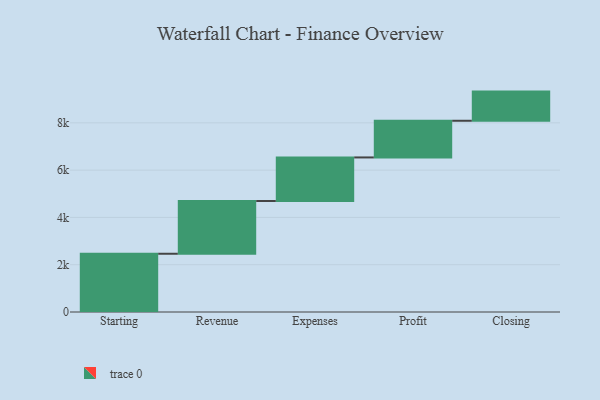
{"axis": {"x": "Step", "y": "Value"}, "legend": [""], "data": [{"x": "Starting", "y": 2463.0, "type": ""}, {"x": "Revenue", "y": 2230.0, "type": ""}, {"x": "Expenses", "y": 1843.0, "type": ""}, {"x": "Profit", "y": 1551.0, "type": ""}, {"x": "Closing", "y": 1233.0, "type": ""}]}